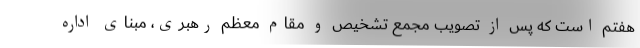
هفتم است که پس از تصویب مجمع تشخیص و مقام معظم رهبری، مبنای اداره